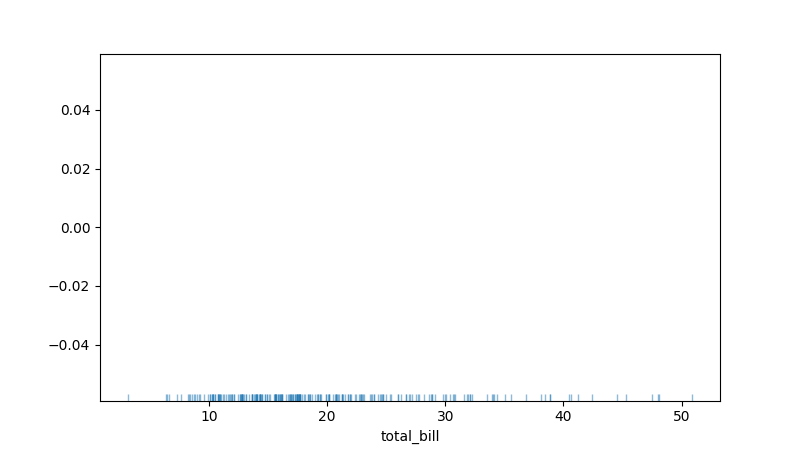
python, seaborn, rugplot, height=0.02, axis='x', alpha=0.5